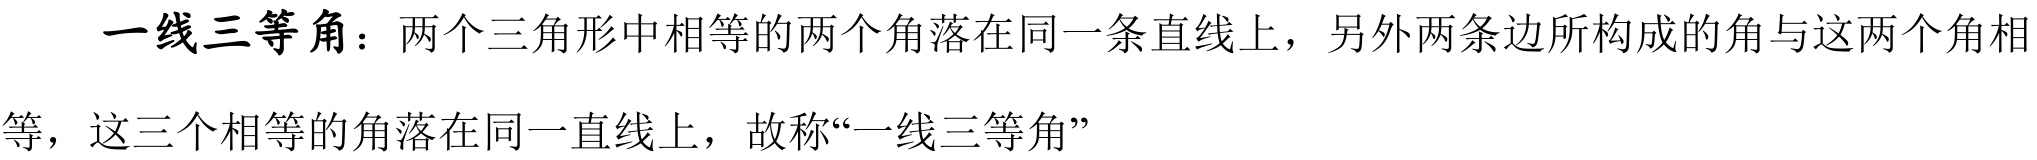
一线三等角：两个三角形中相等的两个角落在同一条直线上，另外两条边所构成的角与这两个角相
等，这三个相等的角落在同一直线上，故称“一线三等角”